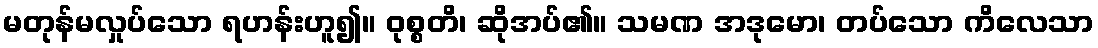
မတုန်မလှုပ်သော ရဟန်းဟူ၍။ ဝုစ္စတိ၊ ဆိုအပ်၏။ သမဏ အဒုမော၊ တပ်သော ကိလေသာ